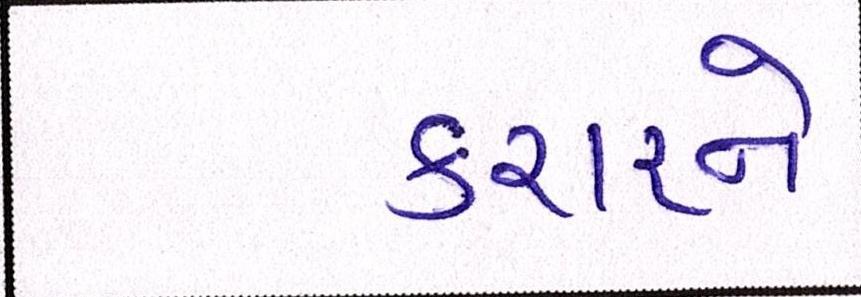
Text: કરારને